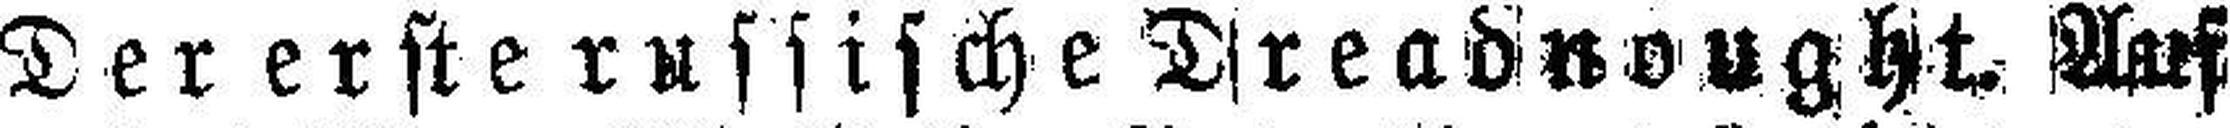
Derersterussische Dreadnought. Auf